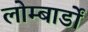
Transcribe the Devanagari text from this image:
लोम्बार्डों